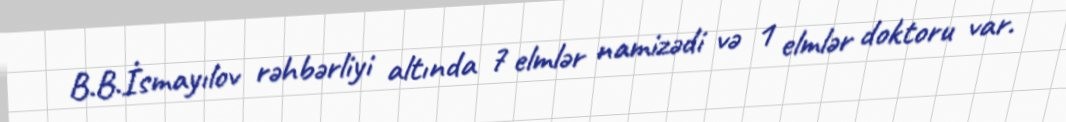
B.B.İsmayılov rəhbərliyi altında 7 elmlər namizədi və 1 elmlər doktoru var.